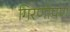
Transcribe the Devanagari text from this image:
गिरणीपण